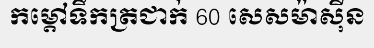
កម្តៅទឹកត្រជាក់ 60 សេសម៉ាស៊ីន